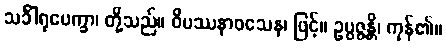
သင်္ခါရုပေက္ခာ၊ တို့သည်။ ဝိပဿနာဝသေန၊ ဖြင့်။ ဥပ္ပဇ္ဇန္တိ၊ ကုန်၏။